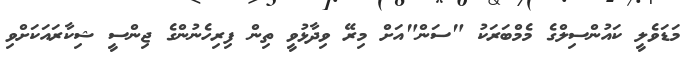
މަޑަވެލީ ކައުންސިލްގެ މެމްބަރަކު "ސަން"އަށް މިރޭ ވިދާޅުވީ ތިން ފިރިހެނުންގެ ޖިންސީ ޝިކާރައަކަށްވި